Insane asylums in Bengal annual reports 1876-1887 - 1876-1887
Year: 1876
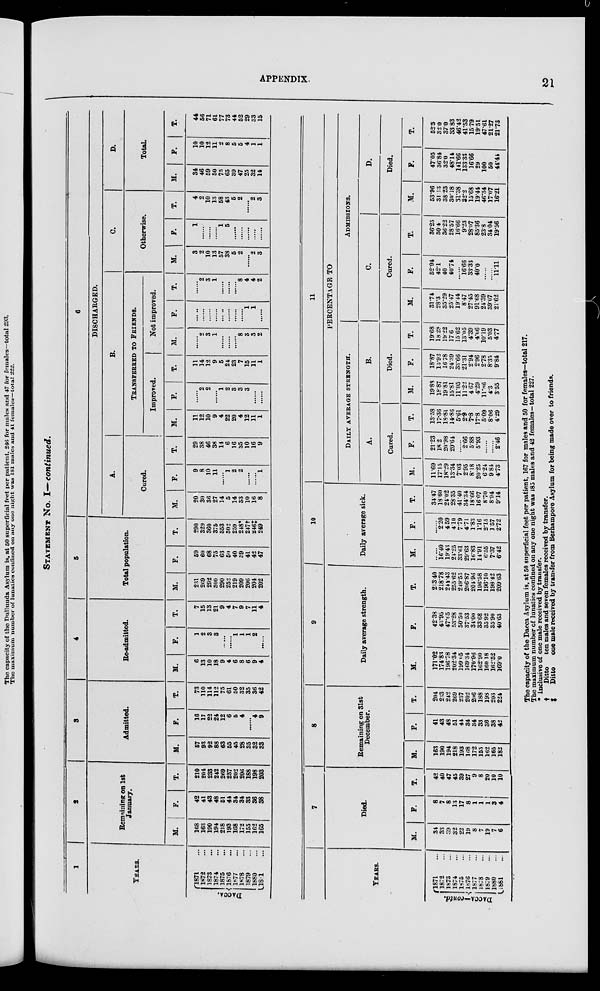
APPENDIX.
21
STATEMENT No. I— continued.
1
YEARS.
DACCA.
1871 ...
1872 ...
1873 ...
1874 ...
1875 ...
1876 ...
1877 ...
1878 ...
1879 ...
1880 ...
1881 ...
2
Remaining on 1st
January.
M.
168
163
190
194
218
193
188
172
155
162
165
F.
42
41
43
48
51
44
34
34
33
36
38
T.
210
204
233
242
269
237
202
206
188
198
203
3
Admitted.
M.
57
93
92
88
63
55
45
28
35
32
33
F.
16
17
22
24
12
6
5
4
......
4
9
T.
73
110
114
112
75
61
50
32
35
36
42
4
Re-admitted.
M.
6
13
10
18
9
4
6
8
6
9
4
F.
1
2
3
3
......
......
1
1
1
2
......
T.
7
15
13
21
9
4
7
9
7
11
4
5
Total population.
M.
231
269
292
300
290
252
219
209
205
204
202
F.
59
60
68
75
63
50
40
89
41
42
47
T.
290
329
360
375
353
302
259
248*
247†
246‡
249
6
DISCHARGED.
A.
Cured.
M.
20
30
36
27
14
5
14
33
10
16
8
F.
9
8
10
11
......
1
2
2
......
......
1
T.
29
38
46
38
14
6
16
35
10
16
9
B.
TRANSFERRED TO FRIENDS.
Improved.
M.
11
12
10
9
4
22
20
4
12
11
1
F.
......
2
2
......
1
2
3
3
3
......
......
T.
11
14
12
9
5
24
23
7
15
11
1
Not improved.
M.
......
2
3
1
......
......
......
8
3
3
2
F.
......
......
......
......
......
......
......
......
1
1
......
T.
......
2
3
1
......
......
......
8
4
4
2
C.
Otherwise.
M.
3
2
10
13
57
38
5
2
......
2
3
F.
1
......
......
......
1
5
......
......
......
......
......
T.
4
2
10
13
58
43
5
2
......
2
3
D.
Total.
M.
34
46
59
50
75
65
39
47
25
32
14
F.
10
10
12
11
2
8
5
5
4
1
1
T.
44
56
71
61
77
73
44
52
29
33
15
YEARS.
DACCA—contd.
1871...
1872 ...
1873 ...
1874 ...
1875 ...
1876 ...
1877 ...
1878 ...
1879 ...
1880 ...
1881 ...
7
Died.
M.
34
33
39
32
22
19
8
7
19
7
6
F.
8
7
8
13
17
8
1
1
1
3
4
T.
42
40
47
45
39
27
9
8
20
10
10
8
Remaining on 31st
December.
M.
163
190
194
218
193
168
172
155
162
165
182
F.
41
43
43
51
44
34
34
33
86
38
42
T.
204
233
242
269
237
202
206
188
198
203
224
9
Daily average strength.
M.
171.02
174.83
196.78
202.34
199.05
169.34
170.96
162.90
160 18
162.52
169.0
F.
42.38
43.95
47.65
53.28
50.50
37 53
3400
3368
35 92
3590
40.63
T.
213.40
218.78
244.43
255.62
249.55
206.87
20196
196.58
196.10
198 42
209.63
10
Daily average sick.
M.
......
16.40
19.43
24.25
33.61
29.63
16.83
14.91
6.55
7.37
6.42
F.
......
2.20
459
4.10
7.79
4.71
1.83
1.16
2.15
157
272
T.
34.47
18.60
24.02
23.35
41.40
34.34
18.66
16.07
8.70
8.94
9.14
11
PERCENTAGE TO
DAILY AVERAGE STRENGTH.
A.
Cured.
M.
11.69
17.15
18.29
13.34 7.03
2.95
8.l8
20.25
6.24
9 84
473
F.
21.23
18.2
20.98
20.64 ......
2.66
5.88
5.93
2.46
T.
13.58
17.36
18.81
14.86
5.61
2.9
7.8
17.8
5.09
8.06
4.29
B.
Died.
M.
19.88
18.87
19.81
15.81
11.05
11.22
4 67
4.29
11.86
4.3
3.55
F.
18.87
15.92
16.78
24.39
33.66
21.31
2.94
2.96
8.35
9.84
9.84
T.
19.68
18.28
19.22
17.6
15.62
13.05
4.39
10.19
5.03
4.77
4.77
ADMISSIONS.
C.
Cured.
M.
31.74
28.3
35.29
25.47
19.44
8.47
27.45
91.68
24.39
39.07
21.62
F.
52.94
42.1
40
40.74
......
16.66
33.33
40.0
......
......
11.11
T.
36.25
30.4
36.22
28.57 16.66
9.23
28.07
85.36
23.8
34.04 19.56
D.
Died.
M.
53.96
31.13
38.23
30.18
31.38
32.2
15.68
19 44
46.34
17.07 16.21
F.
47.05
36.84
32.0
48.14
141.66
133.33
16.66
29
100
50
44.44
T.
52.5
32.0
37.0
33.83 46.42
41.53
15.79
19.51
47.01
21.27
21.73
The capacity of the Dacca Asylum is, at 50 superficial feet per patient, 167 for males and 50 for females—total 217.
The maximum number of lunatics confined on any one night was 183 males and 42 females-total 227.
* Inclusive of one male received by transfer.
†
Ditto
ten males and seven females received by transfer.
‡
Ditto
one male received by transfer from Berhampore Asylum for being made over to friends.